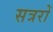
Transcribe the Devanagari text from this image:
सत्ररों